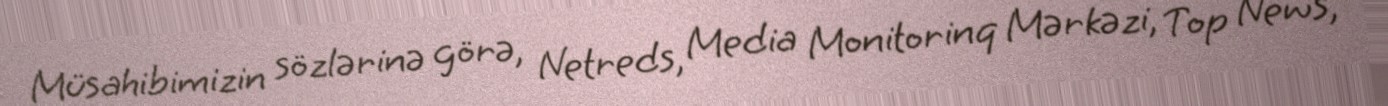
Müsahibimizin sözlərinə görə, Netreds, Media Monitorinq Mərkəzi, Top News,